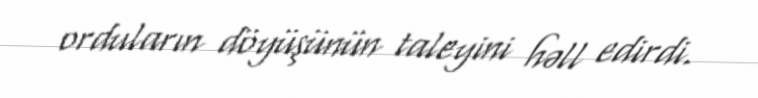
orduların döyüşünün taleyini həll edirdi.